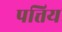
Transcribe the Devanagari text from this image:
पत्तिय